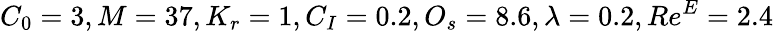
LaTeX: C_{0}=3,M=37,K_{r}=1,C_{I}=0.2,O_{s}=8.6,\lambda=0.2,Re^{E}=2.4